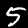
Digit: 5